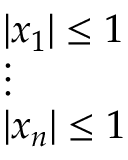
\displaystyle { \begin{array} { l } { | x _ { 1 } | \leq 1 } \\ { \vdots } \\ { | x _ { n } | \leq 1 } \end{array} }